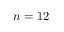
n = 1 2